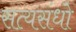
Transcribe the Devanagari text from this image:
सत्यसंधो